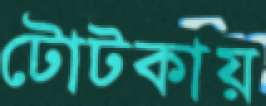
টোটকায়